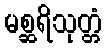
မစ္ဆရိသုတ္တံ